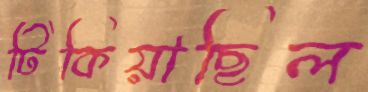
টিকিয়াছিল